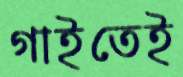
গাইতেই